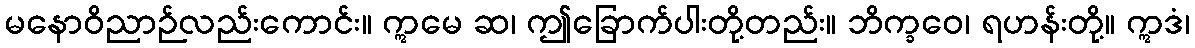
မနောဝိညာဉ်လည်းကောင်း။ ဣမေ ဆ၊ ဤခြောက်ပါးတို့တည်း။ ဘိက္ခဝေ၊ ရဟန်းတို့။ ဣဒံ၊